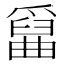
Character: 𤔱